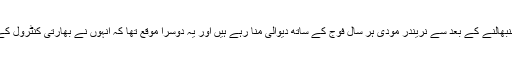
ترجمان نے بتایا کہ 2014 میں اپنا عہدہ سنبھالنے کے بعد سے نریندر مودی ہر سال فوج کے ساتھ دیوالی منا رہے ہیں اور یہ دوسرا موقع تھا کہ انہوں نے بھارتی کنٹرول کے کشمیر میں فوجی اہلکاروں یہ تہوار منایا۔